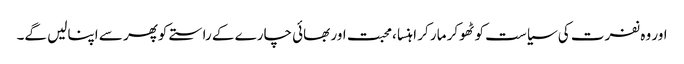
اور وہ نفرت کی سیاست کو ٹھوکر مار کر اہنسا ،محبت اور بھائی چارے کے راستے کوپھر سے اپنالیں گے۔